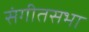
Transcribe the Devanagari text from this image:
संगीतसभा